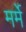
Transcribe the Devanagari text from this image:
मर्मे